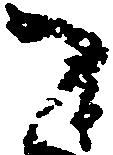
御